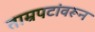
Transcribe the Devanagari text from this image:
ताम्रपटांवरून